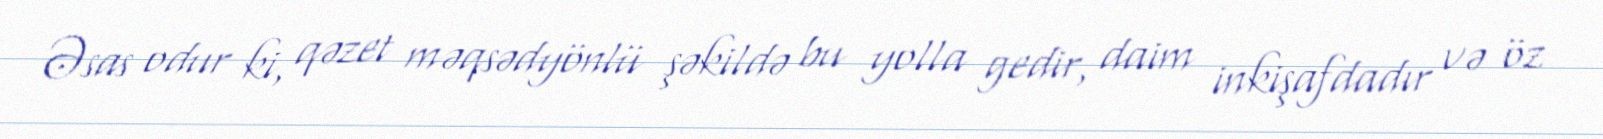
Əsas odur ki, qəzet məqsədyönlü şəkildə bu yolla gedir, daim inkişafdadır və öz